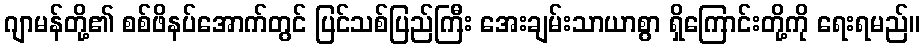
ဂျာမန်တို့၏ စစ်ဖိနပ်အောက်တွင် ပြင်သစ်ပြည်ကြီး အေးချမ်းသာယာစွာ ရှိကြောင်းတို့ကို ရေးရမည်။